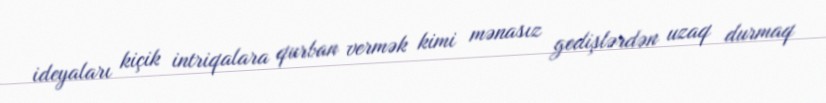
ideyaları kiçik intriqalara qurban vermək kimi mənasız gedişlərdən uzaq durmaq